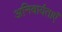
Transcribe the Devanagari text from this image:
अनिवार्यताएँ